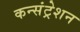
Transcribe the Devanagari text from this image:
कन्संट्रेशन